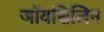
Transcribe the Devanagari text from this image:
जॉयसिलिन